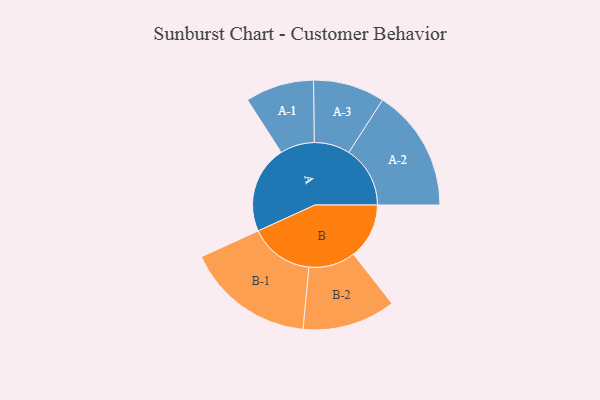
{"axis": {"x": "Segment", "y": "Value"}, "legend": ["", "A", "B"], "data": [{"x": "A", "y": 357, "type": ""}, {"x": "B", "y": 227, "type": ""}, {"x": "A-1", "y": 140, "type": "A"}, {"x": "A-2", "y": 250, "type": "A"}, {"x": "A-3", "y": 146, "type": "A"}, {"x": "B-1", "y": 262, "type": "B"}, {"x": "B-2", "y": 190, "type": "B"}]}